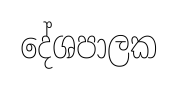
දේශපාලක